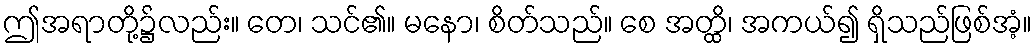
ဤအရာတို့၌လည်း။ တေ၊ သင်၏။ မနော၊ စိတ်သည်။ စေ အတ္ထိ၊ အကယ်၍ ရှိသည်ဖြစ်အံ့။